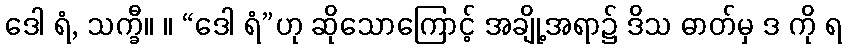
ဒေါ ရံ, သက္ခီ။ ။ “ဒေါ ရံ”ဟု ဆိုသောကြောင့် အချို့အရာ၌ ဒိသ ဓာတ်မှ ဒ ကို ရ